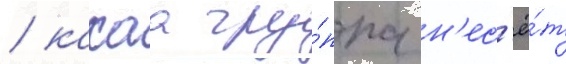
/ какаа гру́ппа н'ес'ё́т